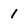
Character: 1